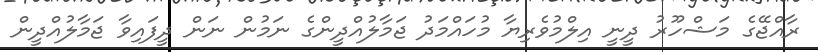
ރާއްޖޭގެ މަޝްހޫރު ދީނީ އިލްމުވެރިޔާ މުހައްމަދު ޖަމާލުއްދީންގެ ނަމުން ނަން ދީފައިވާ ޖަމާލުއްދީން